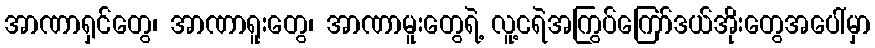
အာဏာရှင်တွေ၊ အာဏာရူးတွေ၊ အာဏာမူးတွေရဲ့ လူ့ငရဲအကြွပ်ကြော်ဒယ်အိုးတွေအပေါ်မှာ